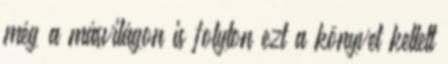
még a másvilágon is folyton ezt a könyvet kellett